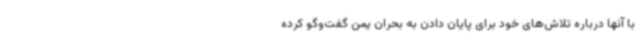
با آنها درباره تلاش‌های خود برای پایان دادن به بحران یمن گفت‌وگو کرده